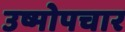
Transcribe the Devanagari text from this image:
उष्मोपचार